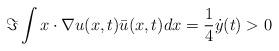
LaTeX: \begin{align*}\Im \int x \cdot \nabla u(x,t) \bar{u}(x,t) dx = \frac{1}{4} \dot{y}(t) >0\end{align*}